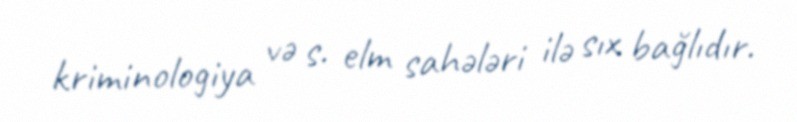
kriminologiya və s. elm sahələri ilə sıx bağlıdır.